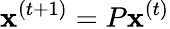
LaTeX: \mathbf{x}^{(t+1)}=P\mathbf{x}^{(t)}